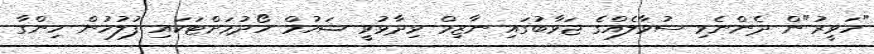
"ހަވީރު"ން ދެންނެވި ސުވާލެއްގެ ޖަވާބުގައި ނާޒިމް ވިދާޅުވީ ޝަހުމް ހޯދުމަށްޓަކައި ފުލުހުން ހިންގާ